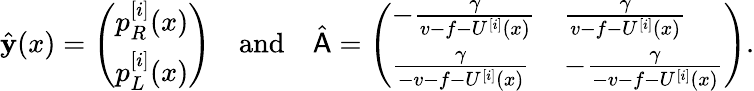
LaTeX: \hat{\mathbf{y}}(x)=\left(\begin{array}{l}{p_{R}^{[i]}(x)}\\ {p_{L}^{[i]}(x)}\end{array}\right)\quad\mathrm{and}\quad\hat{\mathsf{A}}=\left(\begin{array}{ll}{-\frac{\gamma}{v-f-U^{[i]}(x)}}&{\frac{\gamma}{v-f-U^{[i]}(x)}}\\ {\frac{\gamma}{-v-f-U^{[i]}(x)}}&{-\frac{\gamma}{-v-f-U^{[i]}(x)}}\end{array}\right).